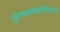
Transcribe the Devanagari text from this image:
तुंगध्वजधनसम्पन्न